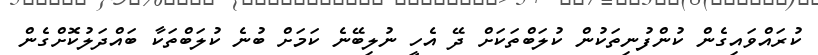
ކުރައްވައިގެން ކުންފުނިތަކުން ކުލަބްތަކަށް ދޭ އެހީ ނުލިބޭނެ ކަމަށް ބުނެ ކުލަބްތަކާ ބައްދަލުކޮށްގެން